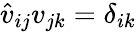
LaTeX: \hat{v}_{ij}v_{jk}=\delta_{ik}